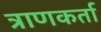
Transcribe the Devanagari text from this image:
त्राणकर्ता